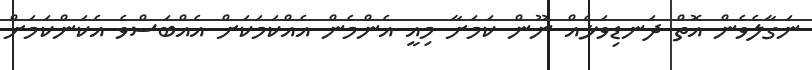
ނަގާލެވެން އޮތް ދަނޑިވަޅެއް ނޫން ކަމަށާ މިއީ އެންމެން އެއްކަމަކަށް އެއްބަސްވެ އެކަންކަމަށް